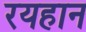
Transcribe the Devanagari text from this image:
रयहान